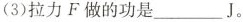
(3)拉力F做的功是 ___ J。